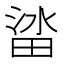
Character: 𱰷